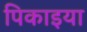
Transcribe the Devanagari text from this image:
पिकाइया